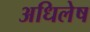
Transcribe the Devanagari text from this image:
अधिलेष